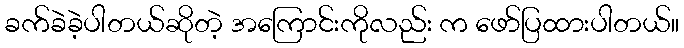
ခက်ခဲခဲ့ပါတယ်ဆိုတဲ့ အကြောင်းကိုလည်း က ဖော်ပြထားပါတယ်။